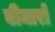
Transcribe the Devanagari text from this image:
बीमारो